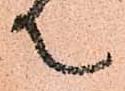
て